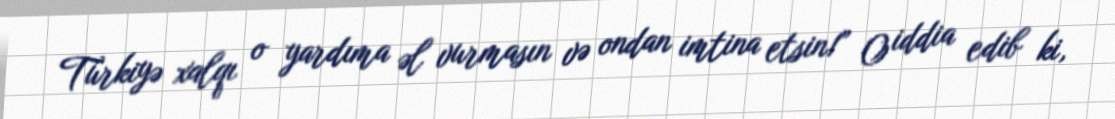
Türkiyə xalqı o yardıma əl vurmasın və ondan imtina etsin!” O iddia edib ki,